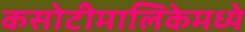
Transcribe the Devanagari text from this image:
कसोटीमालिकेमध्ये